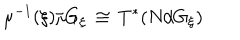
LaTeX: \mu ^ { - 1 } ( \xi ) / G _ { \xi } \, \cong \, T ^ { * } ( N / G _ { \xi } )